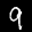
Label: 9